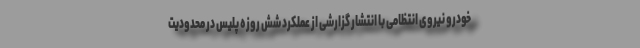
خودرو نیروی انتظامی با انتشار گزارشی از عملکرد شش روزه پلیس در محدودیت